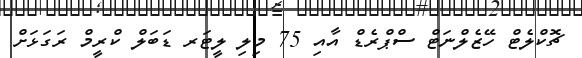
ޗޮކްލެޓް ހޭޒެލްނަޓް ސްޕްރެޑް އާއި 75 މިލި ލީޓަރ ޑަބަލް ކްރީމް ރަގަޅަށް